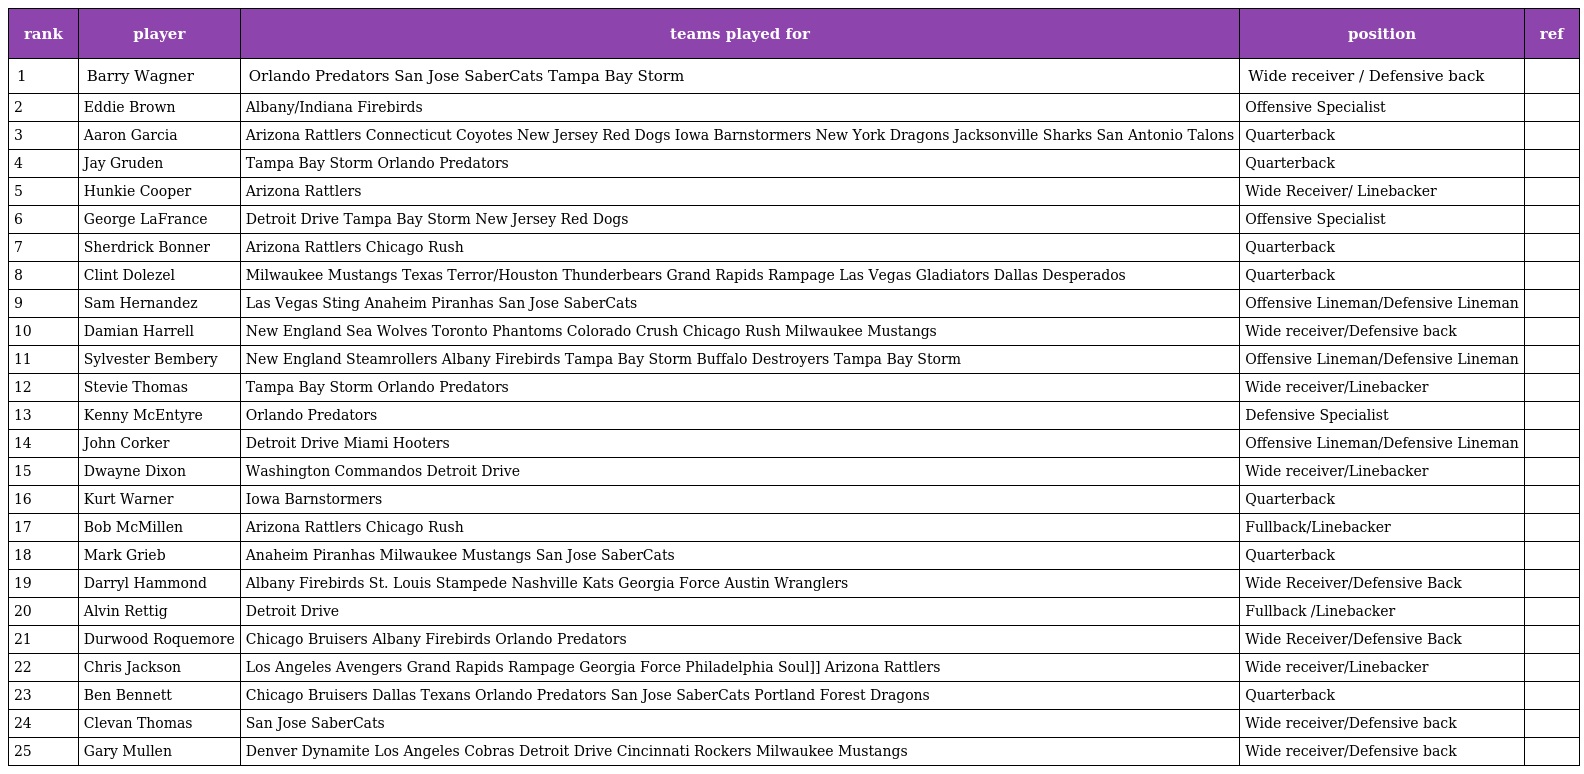
| rank | player | teams played for | position | ref |
 | --- | --- | --- | --- | --- |
 | 1 | Barry Wagner | Orlando Predators San Jose SaberCats Tampa Bay Storm | Wide receiver / Defensive back |  |
 | 2 | Eddie Brown | Albany/Indiana Firebirds | Offensive Specialist |  |
 | 3 | Aaron Garcia | Arizona Rattlers Connecticut Coyotes New Jersey Red Dogs Iowa Barnstormers New York Dragons Jacksonville Sharks San Antonio Talons | Quarterback |  |
 | 4 | Jay Gruden | Tampa Bay Storm Orlando Predators | Quarterback |  |
 | 5 | Hunkie Cooper | Arizona Rattlers | Wide Receiver/ Linebacker |  |
 | 6 | George LaFrance | Detroit Drive Tampa Bay Storm New Jersey Red Dogs | Offensive Specialist |  |
 | 7 | Sherdrick Bonner | Arizona Rattlers Chicago Rush | Quarterback |  |
 | 8 | Clint Dolezel | Milwaukee Mustangs Texas Terror/Houston Thunderbears Grand Rapids Rampage Las Vegas Gladiators Dallas Desperados | Quarterback |  |
 | 9 | Sam Hernandez | Las Vegas Sting Anaheim Piranhas San Jose SaberCats | Offensive Lineman/Defensive Lineman |  |
 | 10 | Damian Harrell | New England Sea Wolves Toronto Phantoms Colorado Crush Chicago Rush Milwaukee Mustangs | Wide receiver/Defensive back |  |
 | 11 | Sylvester Bembery | New England Steamrollers Albany Firebirds Tampa Bay Storm Buffalo Destroyers Tampa Bay Storm | Offensive Lineman/Defensive Lineman |  |
 | 12 | Stevie Thomas | Tampa Bay Storm Orlando Predators | Wide receiver/Linebacker |  |
 | 13 | Kenny McEntyre | Orlando Predators | Defensive Specialist |  |
 | 14 | John Corker | Detroit Drive Miami Hooters | Offensive Lineman/Defensive Lineman |  |
 | 15 | Dwayne Dixon | Washington Commandos Detroit Drive | Wide receiver/Linebacker |  |
 | 16 | Kurt Warner | Iowa Barnstormers | Quarterback |  |
 | 17 | Bob McMillen | Arizona Rattlers Chicago Rush | Fullback/Linebacker |  |
 | 18 | Mark Grieb | Anaheim Piranhas Milwaukee Mustangs San Jose SaberCats | Quarterback |  |
 | 19 | Darryl Hammond | Albany Firebirds St. Louis Stampede Nashville Kats Georgia Force Austin Wranglers | Wide Receiver/Defensive Back |  |
 | 20 | Alvin Rettig | Detroit Drive | Fullback /Linebacker |  |
 | 21 | Durwood Roquemore | Chicago Bruisers Albany Firebirds Orlando Predators | Wide Receiver/Defensive Back |  |
 | 22 | Chris Jackson | Los Angeles Avengers Grand Rapids Rampage Georgia Force Philadelphia Soul]] Arizona Rattlers | Wide receiver/Linebacker |  |
 | 23 | Ben Bennett | Chicago Bruisers Dallas Texans Orlando Predators San Jose SaberCats Portland Forest Dragons | Quarterback |  |
 | 24 | Clevan Thomas | San Jose SaberCats | Wide receiver/Defensive back |  |
 | 25 | Gary Mullen | Denver Dynamite Los Angeles Cobras Detroit Drive Cincinnati Rockers Milwaukee Mustangs | Wide receiver/Defensive back |  |